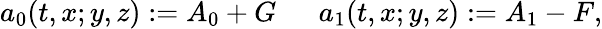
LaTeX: a_{0}(t,x;y,z):=A_{0}+G\ \ \ \ \ \ a_{1}(t,x;y,z):=A_{1}-F,